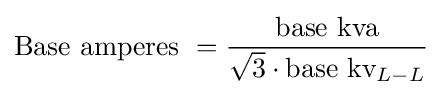
{\text{Base amperes }}={\frac {\text{base kva}}{{\sqrt {3}}\cdot {\text{base kv}}_{L-L}}}